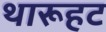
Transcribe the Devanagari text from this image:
थारूहट